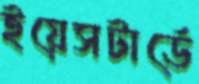
ইয়েসটার্ডে